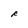
Character: R